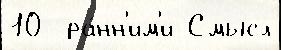
10  ра́нн'им'и Смысл